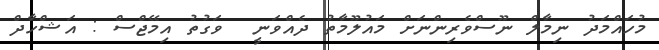
މުހައްމަދު ނިމާލް ނޫސްވެރިންނަށް މައުލޫމާތު ދެއްވަނީ  ވަގުތު އިމޭޖްސް : އަޝްހާދް